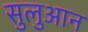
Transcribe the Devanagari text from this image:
सुलुआन